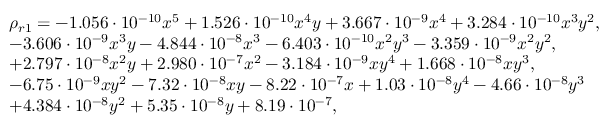
\begin{array} { r l } & { \rho _ { r 1 } = - 1 . 0 5 6 \cdot 1 0 ^ { - 1 0 } x ^ { 5 } + 1 . 5 2 6 \cdot 1 0 ^ { - 1 0 } x ^ { 4 } y + 3 . 6 6 7 \cdot 1 0 ^ { - 9 } x ^ { 4 } + 3 . 2 8 4 \cdot 1 0 ^ { - 1 0 } x ^ { 3 } y ^ { 2 } , } \\ & { - 3 . 6 0 6 \cdot 1 0 ^ { - 9 } x ^ { 3 } y - 4 . 8 4 4 \cdot 1 0 ^ { - 8 } x ^ { 3 } - 6 . 4 0 3 \cdot 1 0 ^ { - 1 0 } x ^ { 2 } y ^ { 3 } - 3 . 3 5 9 \cdot 1 0 ^ { - 9 } x ^ { 2 } y ^ { 2 } , } \\ & { + 2 . 7 9 7 \cdot 1 0 ^ { - 8 } x ^ { 2 } y + 2 . 9 8 0 \cdot 1 0 ^ { - 7 } x ^ { 2 } - 3 . 1 8 4 \cdot 1 0 ^ { - 9 } x y ^ { 4 } + 1 . 6 6 8 \cdot 1 0 ^ { - 8 } x y ^ { 3 } , } \\ & { - 6 . 7 5 \cdot 1 0 ^ { - 9 } x y ^ { 2 } - 7 . 3 2 \cdot 1 0 ^ { - 8 } x y - 8 . 2 2 \cdot 1 0 ^ { - 7 } x + 1 . 0 3 \cdot 1 0 ^ { - 8 } y ^ { 4 } - 4 . 6 6 \cdot 1 0 ^ { - 8 } y ^ { 3 } } \\ & { + 4 . 3 8 4 \cdot 1 0 ^ { - 8 } y ^ { 2 } + 5 . 3 5 \cdot 1 0 ^ { - 8 } y + 8 . 1 9 \cdot 1 0 ^ { - 7 } , } \end{array}